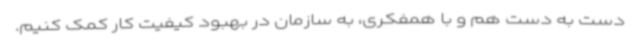
دست به دست هم و با همفکری، به سازمان در بهبود کیفیت کار کمک کنیم.